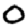
Digit: 0